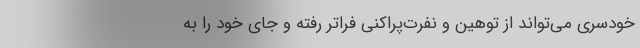
خودسری می‌تواند از توهین و نفرت‌پراکنی فراتر رفته و جای خود را به